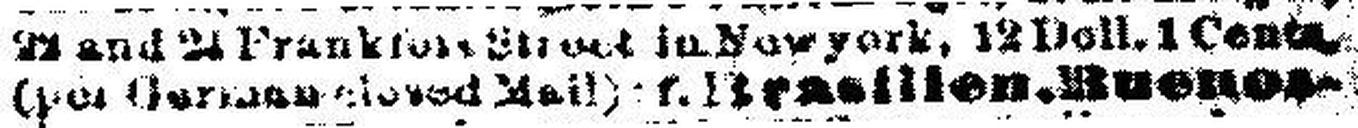
(per German closed Mail); f. Brasilienos-